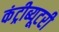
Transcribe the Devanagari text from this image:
कंट्रीब्यूटरी